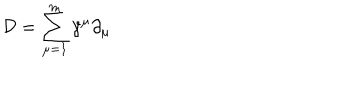
LaTeX: { \mathcal D } = \sum _ { \mu = 1 } ^ { m } \gamma ^ { \mu } \partial _ { \mu }